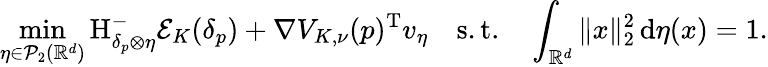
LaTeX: \operatorname*{min}_{\eta\in\mathcal{P}_{2}(\mathbb{R}^{d})}\mathrm H_{\delta_{p}\otimes\eta}^{-}\mathcal E_{K}(\delta_{p})+\nabla V_{K,\nu}(p)^{\mathrm{T}}v_{\eta}\quad\mathrm{s.t.}\quad\int_{\mathbb{R}^{d}}\| x\| _{2}^{2}\, \mathrm{d}\eta(x)=1.